Medical and sanitary report of the native army of Bengal for the year
Year: 1875
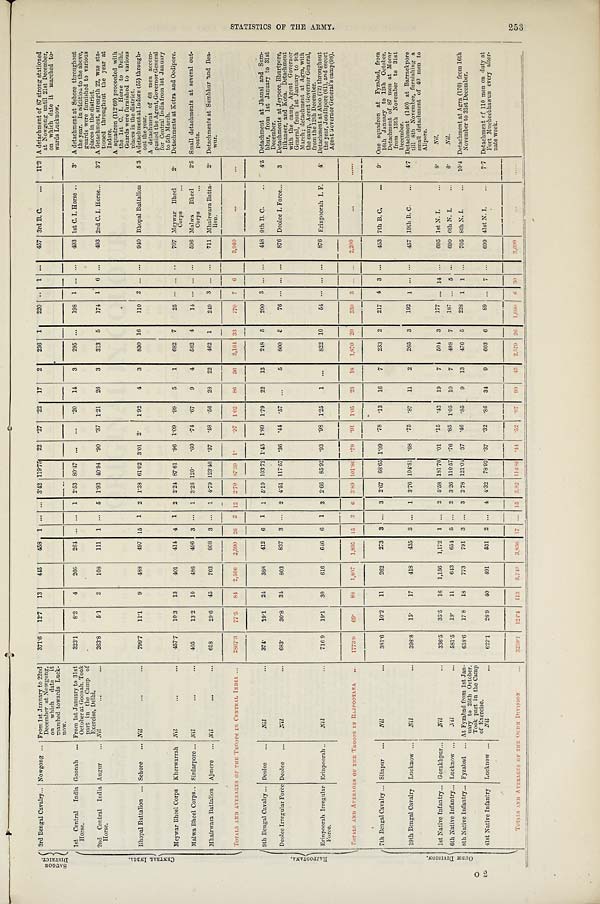
S A U G O R
D I S T R I C T . 3rd Bengal Cavalry . . . Nowgong . . .
From 1st January to 22nd
December at Nowgong,
on which date it
marched towards Luck-
now.
371.6 12.7 13
445 458 1 ... ... 3.42 119.75 22 .27 .22 17
2 236 1
220 . . . 1 ...
457 3rd B. C.
... 11.3 A detachment of 87 strong stationed
at Nowgong until 21st December,
on which date it marched to-
wards Lucknow.
C E N T R A L I N D I A .
1st Central India
Horse.
Goonah ... From 1st January to 31st
October at Goonah. Took
part in the Camp of
Exercise, Delhi.
323.1
8.2 4
266
264 ... ... 1 2.53 80.47 ... ... .20 14
3
295 ...
198 1 ... ...
493 1st C. I. Horse ..
3. A detachment at Sehore throughout
the year. In addition to the above,
guards were furnished to various
places in the district.
2nd Central India
Horse.
Augur ... Nil
...
...
263.8
5.1
3
108 111 1 ... 5 1.93 40.94 .90 .37 1.21 26
3
313 5
174 1 6 ...
493 2nd C. I. Horse
. . .
3.7 A detachment, strength 22, was sta-
tioned throughout the year at
Indore.
A squadron (112.69) proceeded with
the 1st C. I. Horse to Delhi.
Guards were furnished to various
places in the district.
Bhopal Battalion ... Sehore ... Nil
...
. . . 799.7 11.1 9
488 497 15 1 2 1.38 61.02 3.01 2.
1.92
4
3 830 16
110 2 ... . . . 940 Bhopal Battalion
5.3 A detachment at Indore (55) through-
out the year.
A detachment of 68 men accom-
panied the Agent, Governor General
for Central India from 1st January
to 5th March.
M e y w a r B h e e l C o r p s
Kherwarrah Nil
...
...
457.7 10.3 13
401
414 4 1 2 2.24 87.61 .96 1.09 .99
5
1
682 7
2 5 . . . . . . . . . 707 Meywar Bheel
Corps ...
2 .
Detachments at Kotra and Oodipore.
Malwa Bheel Corps . . Sirdarpore ... Nil
...
... 405
13.2 10
486
496 3 ... 1 3.26 120. .60 .74 .67
9
4
582
4
1 4 . . . . . . . . . 596 Malwa Bheel
Corps ...
2.5 Small detachments at several out-
posts.
Mhairwara Battalion Ajmere ... Nil
...
... 618
29.6 45
763 808 3 ... 1 4.79 123.46 .37 .43 .56 28 22
462 1
249 3 ... . . . 711 Mhairwara Batta-
lion.
2. Detachments at Sumbhur and Bea-
wur.
TOTALS AND AVERAGES OF THE TROOPS IN CENTRAL INDIA ... 2867.3 77.5 84 2,506 2,590 2 6
2
12 2.70 87.39
1 .
.97 1.02 86 36 3,164 3 3
7 7 0
7
6
3.940
...
...
R A J P O O T A N A .
9th Bengal Cavalry ... Deolee ...
Nil
... 374.
19.1 24
388 412 6 1 1 5.10 103.72 1.45 1.89 1.79 22 13
248 5
200 3 ... ...
448 9th B. C.
..
4.5 Detachment at Jhansi and Sum-
bhur, from 1st January to 31st
December.
Deolee Irregular Force Deolee ...
Nil
... 683.
30.8 34
803
837 3 ... 2 4.51 117.57 .36 .44 .57
. . .
5
800 5
7 6 . . . . . . . . .
876 Deolee I. Force
. . .
3 Detachments at Jeypore, Bhurtpore,
Bikaneer, and Kota. Detachment
with the camp, Agent Governor
General, from 1st January to 9th
March ; detachment at Agra, with
the camp, Agent Governor General,
from the 12th December.
Erinpoorah Irregular
Force.
Erinpoorah ..
Nil
...
716.9 19.1 30
616
646 6 1 3 2.66 85.92 .93
. 9 8 1.25 1 ...
822 10
5 4 . . . . . . . . .
876 Erinpoorah I. F.
4 . Detachment at Aboo (72) throughout
the year, Joudhpore (61), and escort
Agent Governor General' s camp(98).
TOTALS AND AVERAGES OF THE TROOPS IN RAJPOOTANA ... 1773.9 69. 88 1,807 1,895 15 2 6 3.89 101.86 .79 .91 1.05 23 18 1,870 20
330 3 ...
. . .
2,200 ...
......
O U D H D I V I S I O N .
7th Bengal Cavalry ... Sitapur ... Nil
. . . 381.6 10.2 11
262
273 3 ... 3 2.67 68.65 1.09 .78 .13 16
7
233 2
217 4 3 ...
453 7th B. C.
...
9 . One squadron at Fyzabad, from
16th January to 12th October.
Detachment of 87 men at Morar
from 13th November to 31st
December.
19th Bengal Cavalry Lucknow ... N i l
...
3 9 8 . 8
15. 17
418 435 3 . . . 1 3.76 104.81
. 6 8 .75 .87 11
2
265 3
192 1 . . . . . . 457 19th B. C. ...
4.7 Detachment (140) at Barrackpore
till 8th November, furnishing a
small detachment of 40 men to
Alipore.
1st Native Infantry . . . Gorakhpur . . . Nil
...
336.5 35.5 16 1,156 1,172 1 ... 2 5.58 181.76 .01 .15 .42 19
7
504 3
177 ... 14 ... 695 1st N. I.
...
8 .
Nil.
6th Native Infantry . . . Lucknow ...
N i l
. . .
5 8 1 . 5 19. 11
643 654 5 ... 2 3.26 110.57 .76 .85 1.05 10
7
498 7
187
. . . 5 . . . 690 6th N. I.
. . . . 6 .
Nil.
8th Native Infantry . . . Fyzabad ... At Fyzabad from 1st Jan-
uary to 25th October.
Took part in the Camp
of Exercise.
638.6 17.8 18 773
791 3 ... 3 2.78 121.04 .37 .46 .85
9 13
476 5
228 1 1 ...
705 8th N. I.
... 10.4 Detachment at Agra (170) from 16th
November to 31st December.
41st Native Infantry Lucknow ...
Nil
... 622.1 26.9 40
491
531 2 ... 4 4.32 78.92 .37 .32 .86 34
9 603 6
89 ... 7
. . . 699 41st N. I.
...
7.7 Detachment of 110 men on duty at
Fort Mucheebhawun every alter-
nate week.
TOTAL AND AVERAGES OF THE OUDH DIVISION
. . .
3 2 5 9 . 1 124.4 113 3.743 3,856 17 ... 15 3.82 114.86
. 4 4
. 5 2 .87 99 45 2.579
2 6 1.090
6 30
3, 699 ...
......
S T A T I S T I C S O F T H E A R M Y .